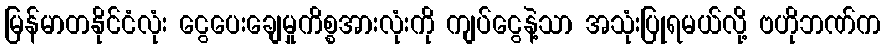
မြန်မာတနိုင်ငံလုံး ငွေပေးချေမှုကိစ္စအားလုံးကို ကျပ်ငွေနဲ့သာ အသုံးပြုရမယ်လို့ ဗဟိုဘဏ်က